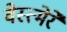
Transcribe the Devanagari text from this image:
वेस्त्मेरे